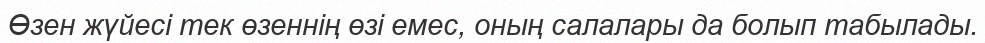
Өзен жүйесі тек өзеннің өзі емес, оның салалары да болып табылады.